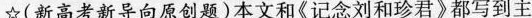
☆(新高考新导向原创题)本文和《记念刘和珍君》都写到主